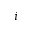
i